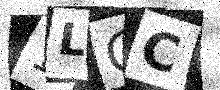
Text: 1LGC